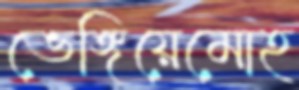
ভেঙ্গিয়েমোহ